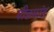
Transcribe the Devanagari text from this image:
पीडमांड